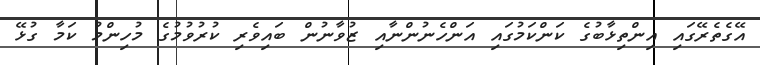
އޭގެތެރޭގައި އިންތިޅާބުގެ ކަންކަމުގައި އަންހެނުންނާއި ޒުވާނުން ބައިވެރި ކުރުވުމުގެ މުހިންމު ކަމާ ގުޅޭ